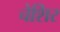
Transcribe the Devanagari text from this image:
चेशिर